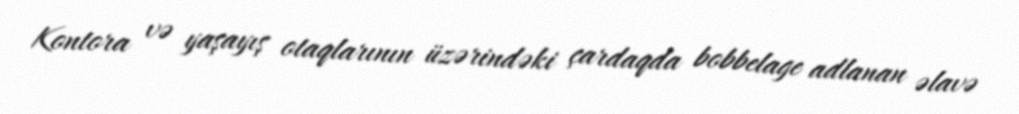
Kontora və yaşayış otaqlarının üzərindəki çardaqda bobbelage adlanan əlavə